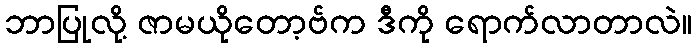
ဘာပြုလို့ ဇာမယိုတော့ဗ်က ဒီကို ရောက်လာတာလဲ။